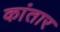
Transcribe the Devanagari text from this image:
कांतार